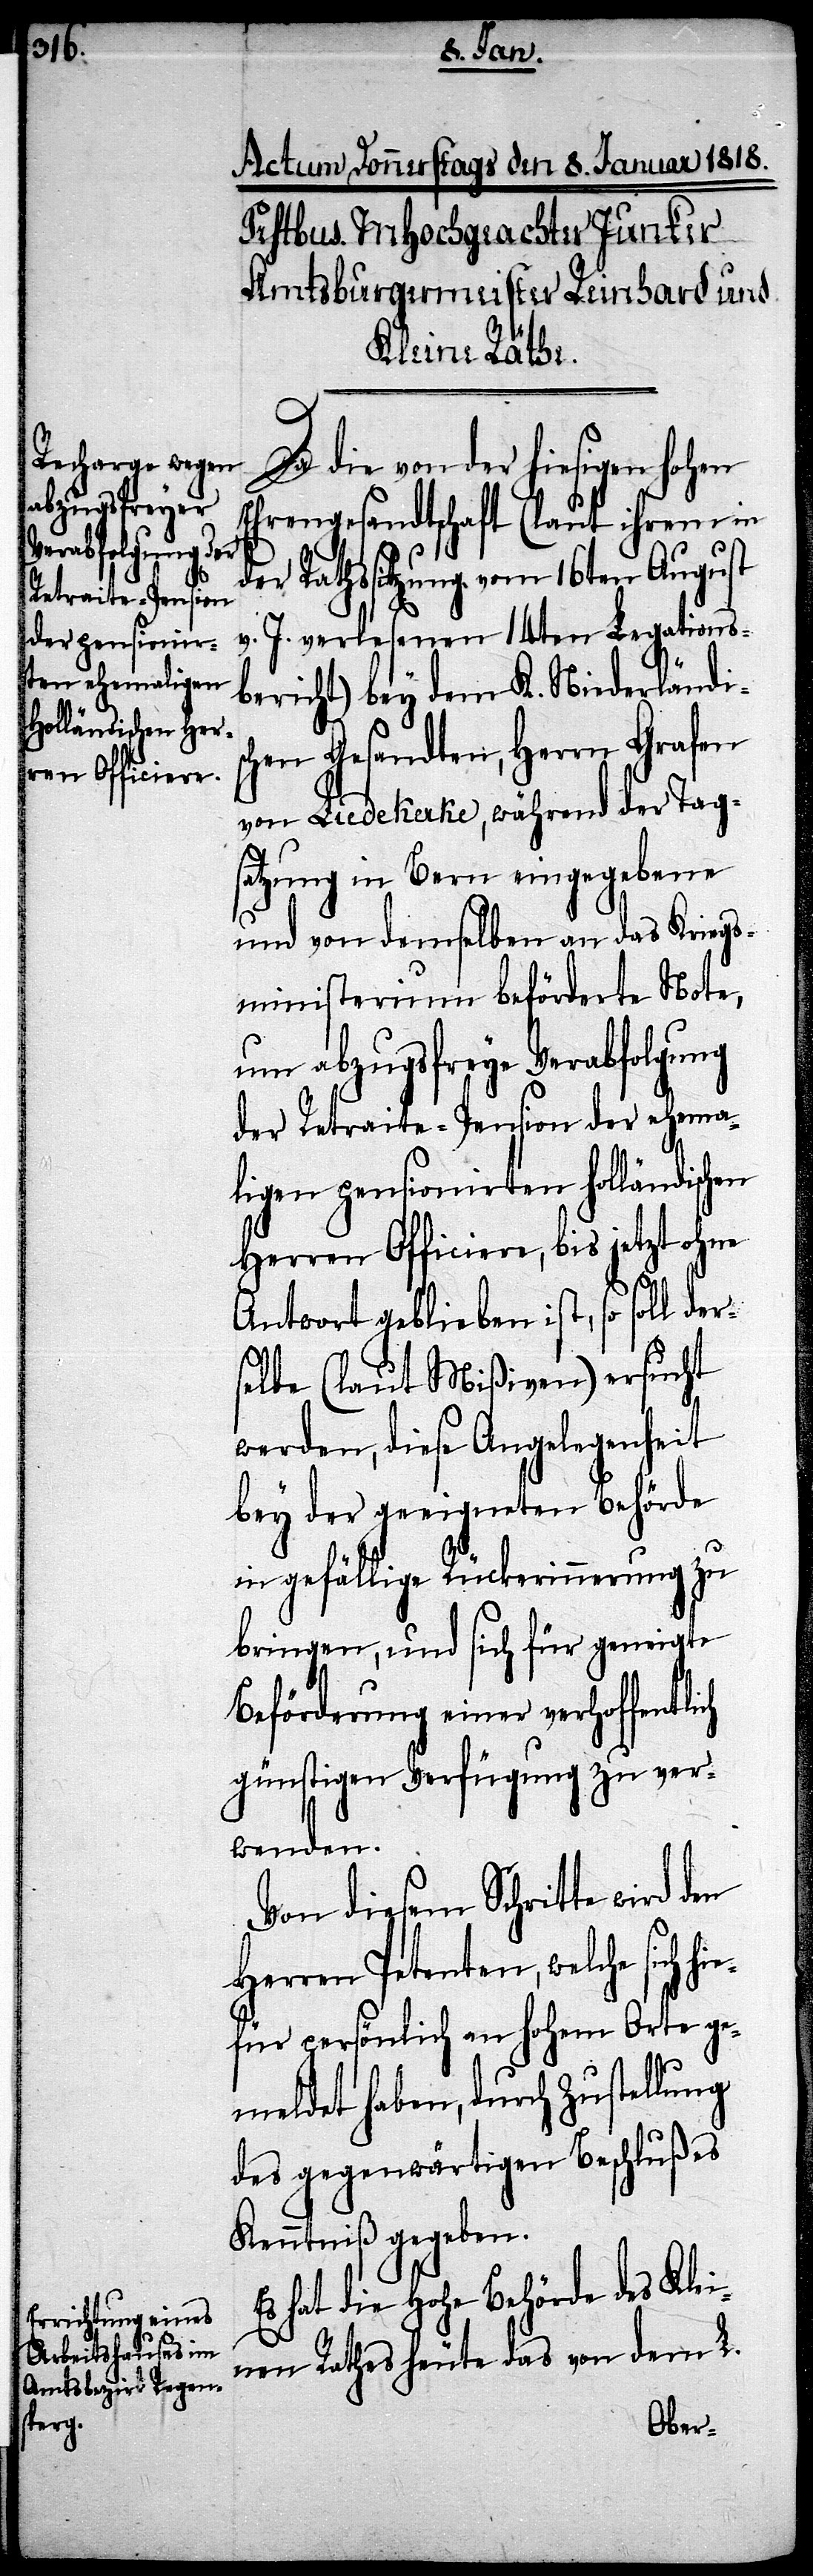
ers¬

ich
Da die von der hiesigen hohen
Ehrengesandtschaft (laut ihrem in
Rathssitzung vom 16ten August
v. J. verlesenen 14ten Legations¬
bericht) bey dem K. Niederländis¬
chen Gesandten, Herrn Grafen
von Liedekerke, während der Tags¬
atzung in Bern eingegebenene
und von demselben an das Kriegs¬
ministerium beförderte Note,
um abzugsfreye Verabfolgung
der Retraite-Pension der ehema¬
ligen pensionierten holländischen
Herren Officiere, bis jetzt ohne
Antwort geblieben ist, so soll d¬
elbe (laut Mißiven) ersucht
werden, diese Angelegenheit
bey der geeigneten Behörde
in gefällige Rückerinnerung zu
bringen, und sich für geneigte
Beförderung einer verhoffentl¬
günstigen Verfügung zu ver¬
wenden.
Von diesem Schritte wird
Herren Petenten, welche sich h¬
iefür persönlich an hohem Orte ge¬
meldet haben, durch Zustellung
des gegenwärtigen Beschlußes
Kenntniß gegeben.
Es hat die Hohe Behörde des Klei¬
nen Rathes heute das von dem L.